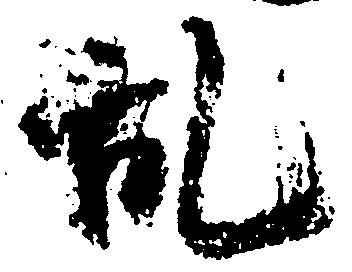
乱